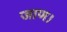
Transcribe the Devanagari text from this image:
जाण।